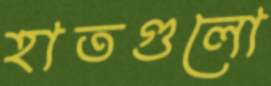
হাতগুলো